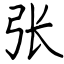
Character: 张